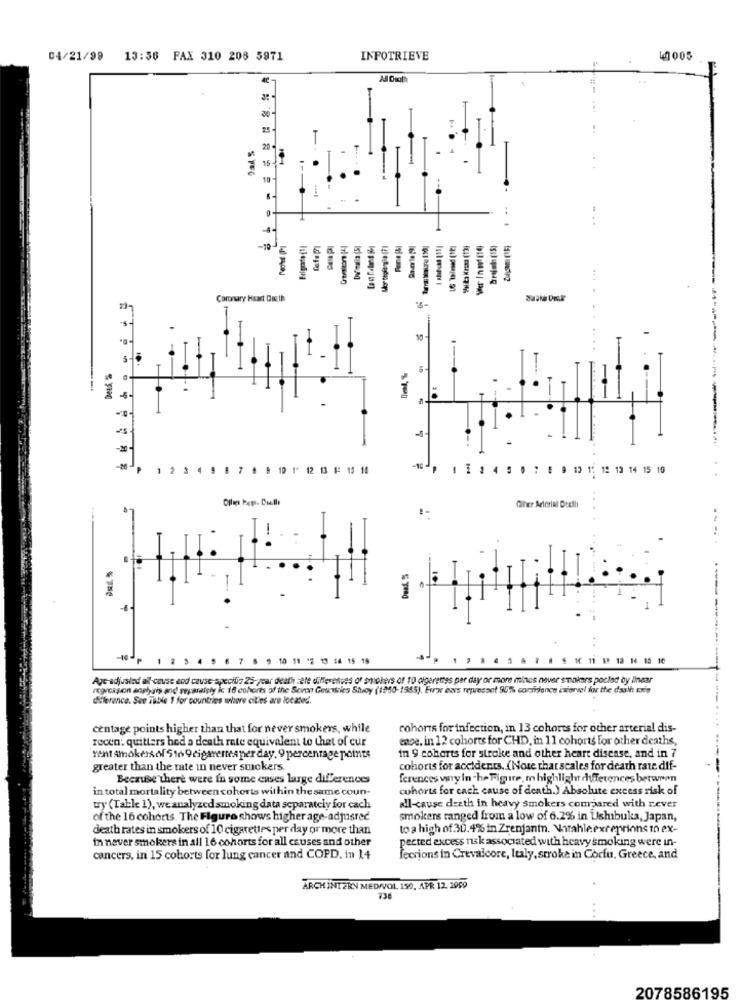
04/21/99
13:56 FAX 310 208 5971
INFOTRIEVE
40005
15
Brejah (15)
-1
Coronary Heart Duth
---
Desk
P 1 2 3 4 9 8 7 4 9 10 1* 12 13 1: 15 10
-10 1 E 2 4 9 6 7 8 9 81 12 13 14 15 10
Cher Arterial Deetli
--------
-10-
1 2 3
7 8 9 10 11 -2 13 36 15 18
1 11 18 12 1 15 16
Agc-adjusted all'-cause and cause-specifiz 25-year death :efe differences of smokevs of 10 olgerentes per day or more mnincs never smokers pocled by linear
regression analysis and separately ic 16 cohorts of the Scvon Geuntrics Stoy (1950-1965), Errar ears represent 95%% confidence iniorvel for the daath min
difference. See Table 1 for countries where cil'es are located.
centage points higher than that for never smokers, while
cohors for infection, in 13 cohorts for other arterial dis-
recen: quitters hed a death rate equivalent to that of cur
ence, in 12 cohorts for CHD, in 11 cohorts for other deaths,
rent Amokers of 5 16 9 cigareneaper day. 9 percentage points
in 9 cohorts for stroke and other heart disease, and in 7
greater than the rate in never smokers.
cohorts for accidents. (Note that scales for death rate dif-
Because there were in some cases large differences
ferences way in -he Figure, m highlight differences between
in total mortality between cohorts within the same coun-
cohorts for cack cause of death.) Absolute excess risk of
ty (Table 1), we analyzed smoking data separately for cach
all-cause death in heavy smokers compared with rever
of the 16 cohorts. The Figure shows higher age-adjusted
smokers ranged from a low of 6.2% in Ushibuka, Japan,
death rates in smokers of 10 cigarettes per day or more than
to a high of 30.4% in Zrenjanin. Varahleexreprions to ex-
in never smokers in all 16 cohorts for all causes and other
pected excess nsk associated with heavy smoking were in-
cancers, in 15 cohorts for lung cancer and COPD, in 14
fecrions in Crevalcore, Italy, stroke in Corfu, Greece, and
ARCH INTERN MED/VOL 150, APR 12, 2009
736
...
2078586195